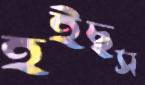
হইছস